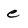
Character: e